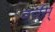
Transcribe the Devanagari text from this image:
वर्चस्